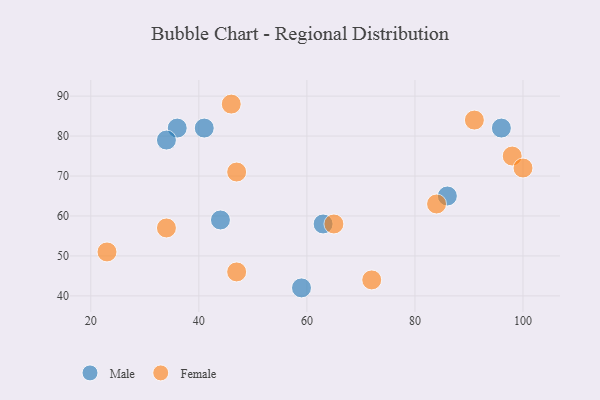
{"axis": {"x": "GDP", "y": "Life Expectancy"}, "legend": ["Female", "Male"], "data": [{"x": "36", "y": 82, "type": "Male"}, {"x": "96", "y": 82, "type": "Male"}, {"x": "34", "y": 79, "type": "Male"}, {"x": "86", "y": 65, "type": "Male"}, {"x": "44", "y": 59, "type": "Male"}, {"x": "63", "y": 58, "type": "Male"}, {"x": "41", "y": 82, "type": "Male"}, {"x": "59", "y": 42, "type": "Male"}, {"x": "72", "y": 44, "type": "Female"}, {"x": "84", "y": 63, "type": "Female"}, {"x": "46", "y": 88, "type": "Female"}, {"x": "34", "y": 57, "type": "Female"}, {"x": "47", "y": 46, "type": "Female"}, {"x": "98", "y": 75, "type": "Female"}, {"x": "65", "y": 58, "type": "Female"}, {"x": "47", "y": 71, "type": "Female"}, {"x": "100", "y": 72, "type": "Female"}, {"x": "91", "y": 84, "type": "Female"}, {"x": "23", "y": 51, "type": "Female"}]}